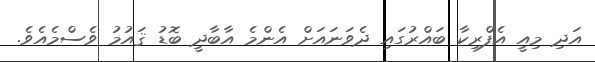
އަދި މިއީ އެފްރިކާ ބައްރުގައި ދެވަނައަށް އެންމެ އާބާދީ ބޮޑު ޤައުމު ވެސްމެއެވެ.